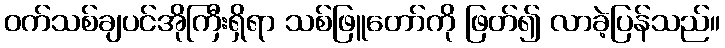
ဝက်သစ်ချပင်အိုကြီးရှိရာ သစ်ဖြူတော်ကို ဖြတ်၍ လာခဲ့ပြန်သည်။